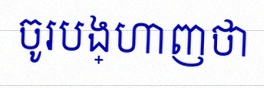
ចូរបង្ហាញថា